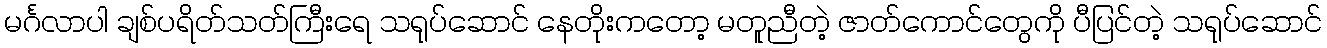
မင်္ဂလာပါ ချစ်ပရိတ်သတ်ကြီးရေ သရုပ်ဆောင် နေတိုးကတော့ မတူညီတဲ့ ဇာတ်ကောင်တွေကို ပီပြင်တဲ့ သရုပ်ဆောင်